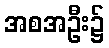
အစအဦး၌